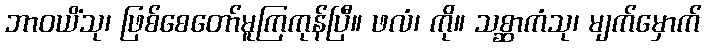
ဘာဝယိံသု၊ ဖြစ်စေတော်မူကြကုန်ပြီ။ ဖလံ၊ ကို။ သစ္ဆာကံသု၊ မျက်မှောက်